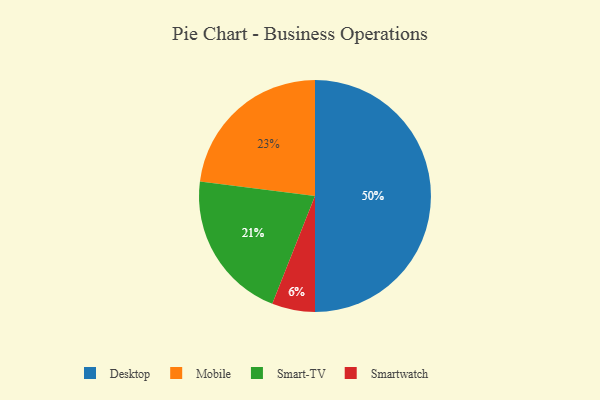
{"axis": {"x": "Category", "y": "Percentage"}, "legend": ["Desktop", "Mobile", "Smart-TV", "Smartwatch"], "data": [{"x": "Mobile", "y": 23, "type": "Mobile"}, {"x": "Smart-TV", "y": 21, "type": "Smart-TV"}, {"x": "Smartwatch", "y": 6, "type": "Smartwatch"}, {"x": "Desktop", "y": 50, "type": "Desktop"}]}